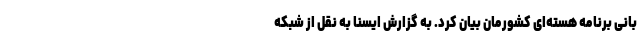
بانی برنامه هسته‌ای کشورمان بیان کرد. به گزارش ایسنا به نقل از شبکه